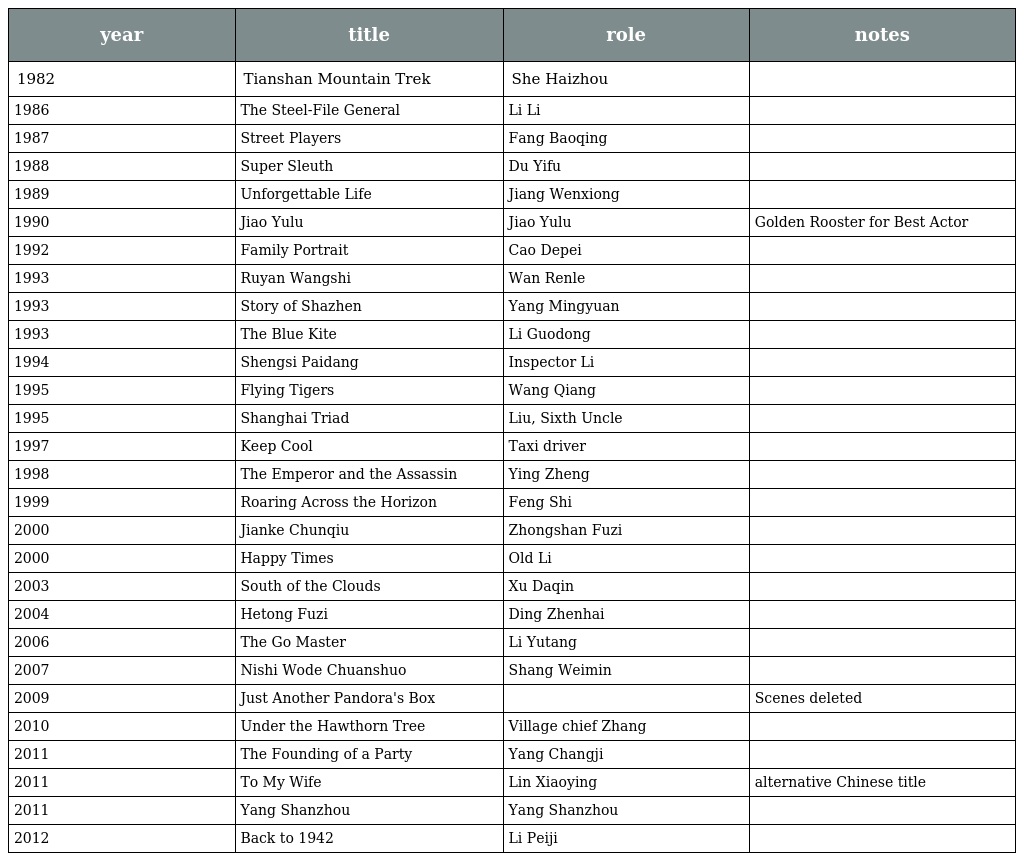
| year | title | role | notes |
 | --- | --- | --- | --- |
 | 1982 | Tianshan Mountain Trek 天山行 | She Haizhou |  |
 | 1986 | The Steel-File General 钢锉将军 | Li Li |  |
 | 1987 | Street Players 鼓书艺人 | Fang Baoqing |  |
 | 1988 | Super Sleuth 大侦探 | Du Yifu |  |
 | 1989 | Unforgettable Life 特殊手术室 | Jiang Wenxiong |  |
 | 1990 | Jiao Yulu 焦裕禄 | Jiao Yulu | Golden Rooster for Best Actor |
 | 1992 | Family Portrait 四十不惑 | Cao Depei |  |
 | 1993 | Ruyan Wangshi 如烟往事 | Wan Renle |  |
 | 1993 | Story of Shazhen 沙镇的故事 | Yang Mingyuan |  |
 | 1993 | The Blue Kite 蓝风筝 | Li Guodong |  |
 | 1994 | Shengsi Paidang 生死拍档 | Inspector Li |  |
 | 1995 | Flying Tigers 飞虎队 | Wang Qiang |  |
 | 1995 | Shanghai Triad 摇啊摇，摇到外婆桥 | Liu, Sixth Uncle |  |
 | 1997 | Keep Cool 有话好好说 | Taxi driver |  |
 | 1998 | The Emperor and the Assassin 荆轲刺秦王 | Ying Zheng |  |
 | 1999 | Roaring Across the Horizon 横空出世 | Feng Shi |  |
 | 2000 | Jianke Chunqiu 剑客春秋 | Zhongshan Fuzi |  |
 | 2000 | Happy Times 幸福时光 | Old Li |  |
 | 2003 | South of the Clouds 云的南方 | Xu Daqin |  |
 | 2004 | Hetong Fuzi 合同父子 | Ding Zhenhai |  |
 | 2006 | The Go Master 吴清源 | Li Yutang |  |
 | 2007 | Nishi Wode Chuanshuo 你是我的传说 | Shang Weimin |  |
 | 2009 | Just Another Pandora's Box 越光宝盒 |  | Scenes deleted |
 | 2010 | Under the Hawthorn Tree 山楂树之恋 | Village chief Zhang |  |
 | 2011 | The Founding of a Party 建党伟业 | Yang Changji |  |
 | 2011 | To My Wife 百年情书 | Lin Xiaoying | alternative Chinese title 与妻书 |
 | 2011 | Yang Shanzhou 杨善洲 | Yang Shanzhou |  |
 | 2012 | Back to 1942 一九四二 | Li Peiji |  |